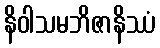
နိဝါသမဘိဇာနိဿံ